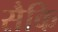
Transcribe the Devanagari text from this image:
सैकि